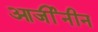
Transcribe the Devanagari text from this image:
आर्जीनीन